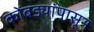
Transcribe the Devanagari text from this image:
कोंबड्यांपासून